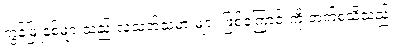
ကွန်မြူနစ်များသည် လူသတ်သမားများ ဖြစ်ကြောင်းကို တက်စသိသည်။